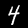
Digit: 4